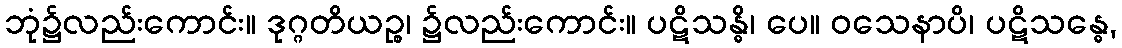
ဘုံ၌လည်းကောင်း။ ဒုဂ္ဂတိယဉ္စ၊ ၌လည်းကောင်း။ ပဋိသန္ဓိ၊ ပေ။ ဝသေနာပိ၊ ပဋိသန္ဓေ,